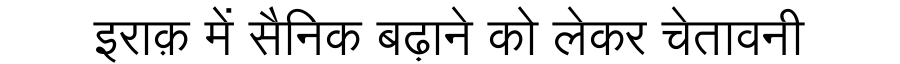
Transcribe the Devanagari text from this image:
इराक़ में सैनिक बढ़ाने को लेकर चेतावनी